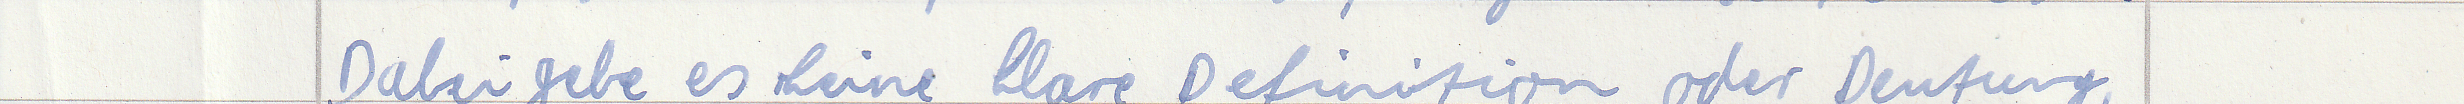
Dabei gebe es keine klare Definition oder Deutung